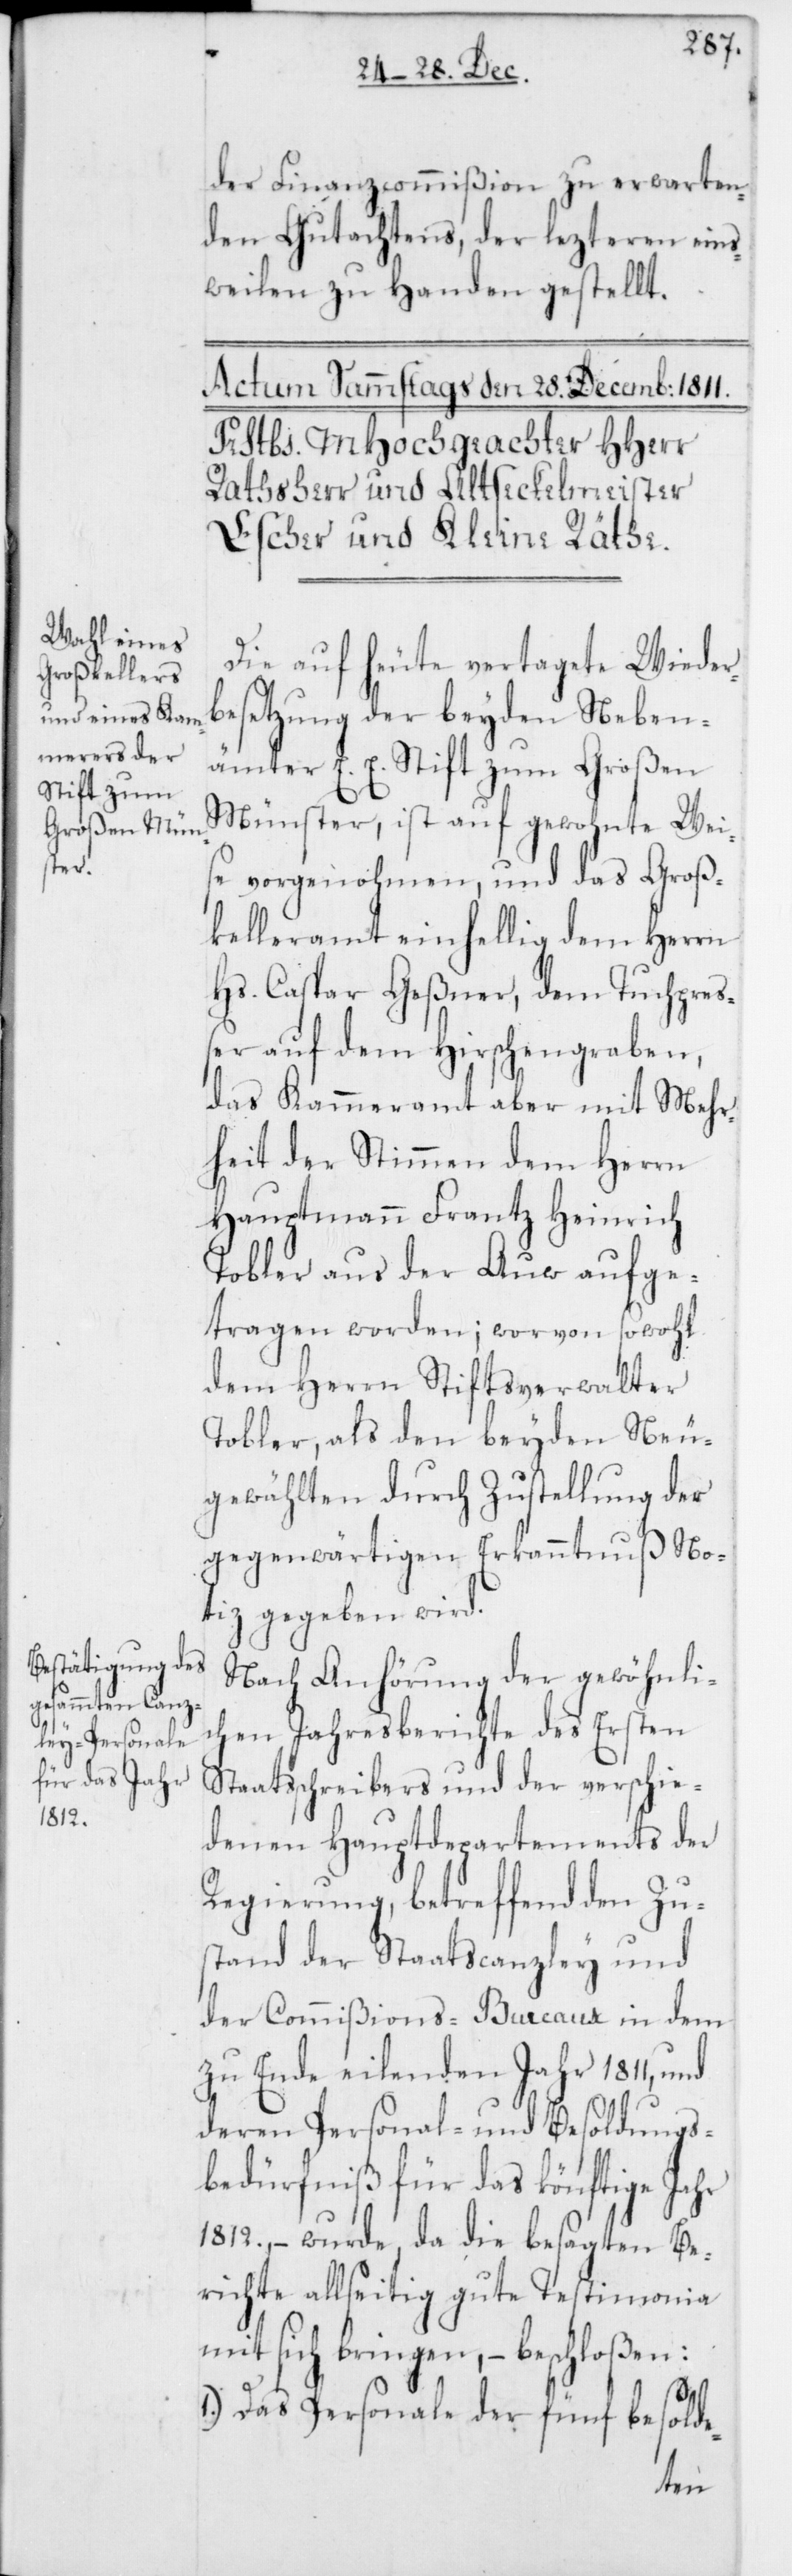
der Finanzcommißion zu erwarten¬
den Gutachtens, der lezteren eins¬
weilen zu Handen gestellt.
Die auf heute vertagete Wieder¬
besetzung der beyden Neben¬
ämter E. E. Stift zum Großen
Münster, ist auf gewohnte Wei¬
se vorgenohmen, und das Groß¬
kelleramt einhellig dem Herrn
Hs. Caspar Geßner, dem Tuchpreß¬
er auf dem Hirschengraben,
das Kammeramt aber mit Mehr¬
heit der Stimmen dem Herrn
Hauptmann Frantz Heinrich
Tobler aus der Auw aufge¬
tragen worden; worvon sowohl
dem Herrn Stiftsverwalter
Tobler, als den beyden Neu¬
gewählten durch Zustellung der
gegenwärtigen Erkanntnuß No¬
tiz gegeben wird.
Nach Anhörung der gewöhnli¬
chen Jahresberichte des Ersten
Staatsschreibers und der verschie¬
denen Hauptdepartements der
Regierung, betreffend den Zu¬
stand der Staatscanzley und
der Commißions-Bureaux in dem
zu Ende eilenden Jahr 1811, und
deren Personal- und Besoldungs¬
bedürfniß für das könftige Jahr
1812., – wurde, da die besagten Be¬
richte allseitig gute Testimonia
mit sich bringen, – beschloßen:
1.) Das Personale der fünf besolde-